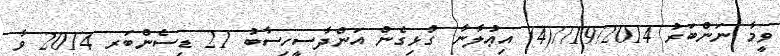
ވީމާ ނަންބަރު 19/2014//(4) އިޢުލާނާ ގުޅިގެން އަންދާސީހިސާބު 21 ޑިސެންބަރ 2014 ވާ